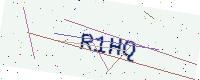
Text: R1HQ